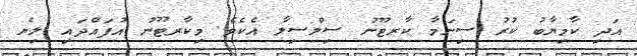
އަދި ކާމިޔާބު ކުރު ސިނަމާ ކާރޓޫނު ސިލްސިލާ އެކެވެ. މިކާރޓޫނު އުފައްދައި ލިޔެ